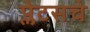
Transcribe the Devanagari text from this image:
प्लेटसचे